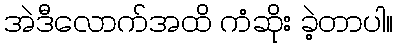
အဲဒီလောက်အထိ ကံဆိုး ခဲ့တာပါ။